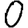
Digit: 0